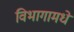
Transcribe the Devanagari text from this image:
विभागामधे